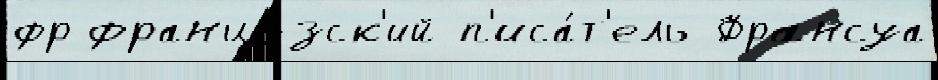
фр францу́зск'ий п'иса́т'ель Франсуа